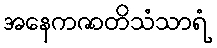
အနေကဇာတိသံသာရံ